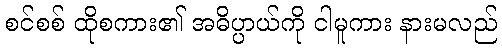
စင်စစ် ထိုစကား၏ အဓိပ္ပာယ်ကို ငါမူကား နားမလည်